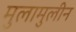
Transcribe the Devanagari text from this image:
मुलामुलीन